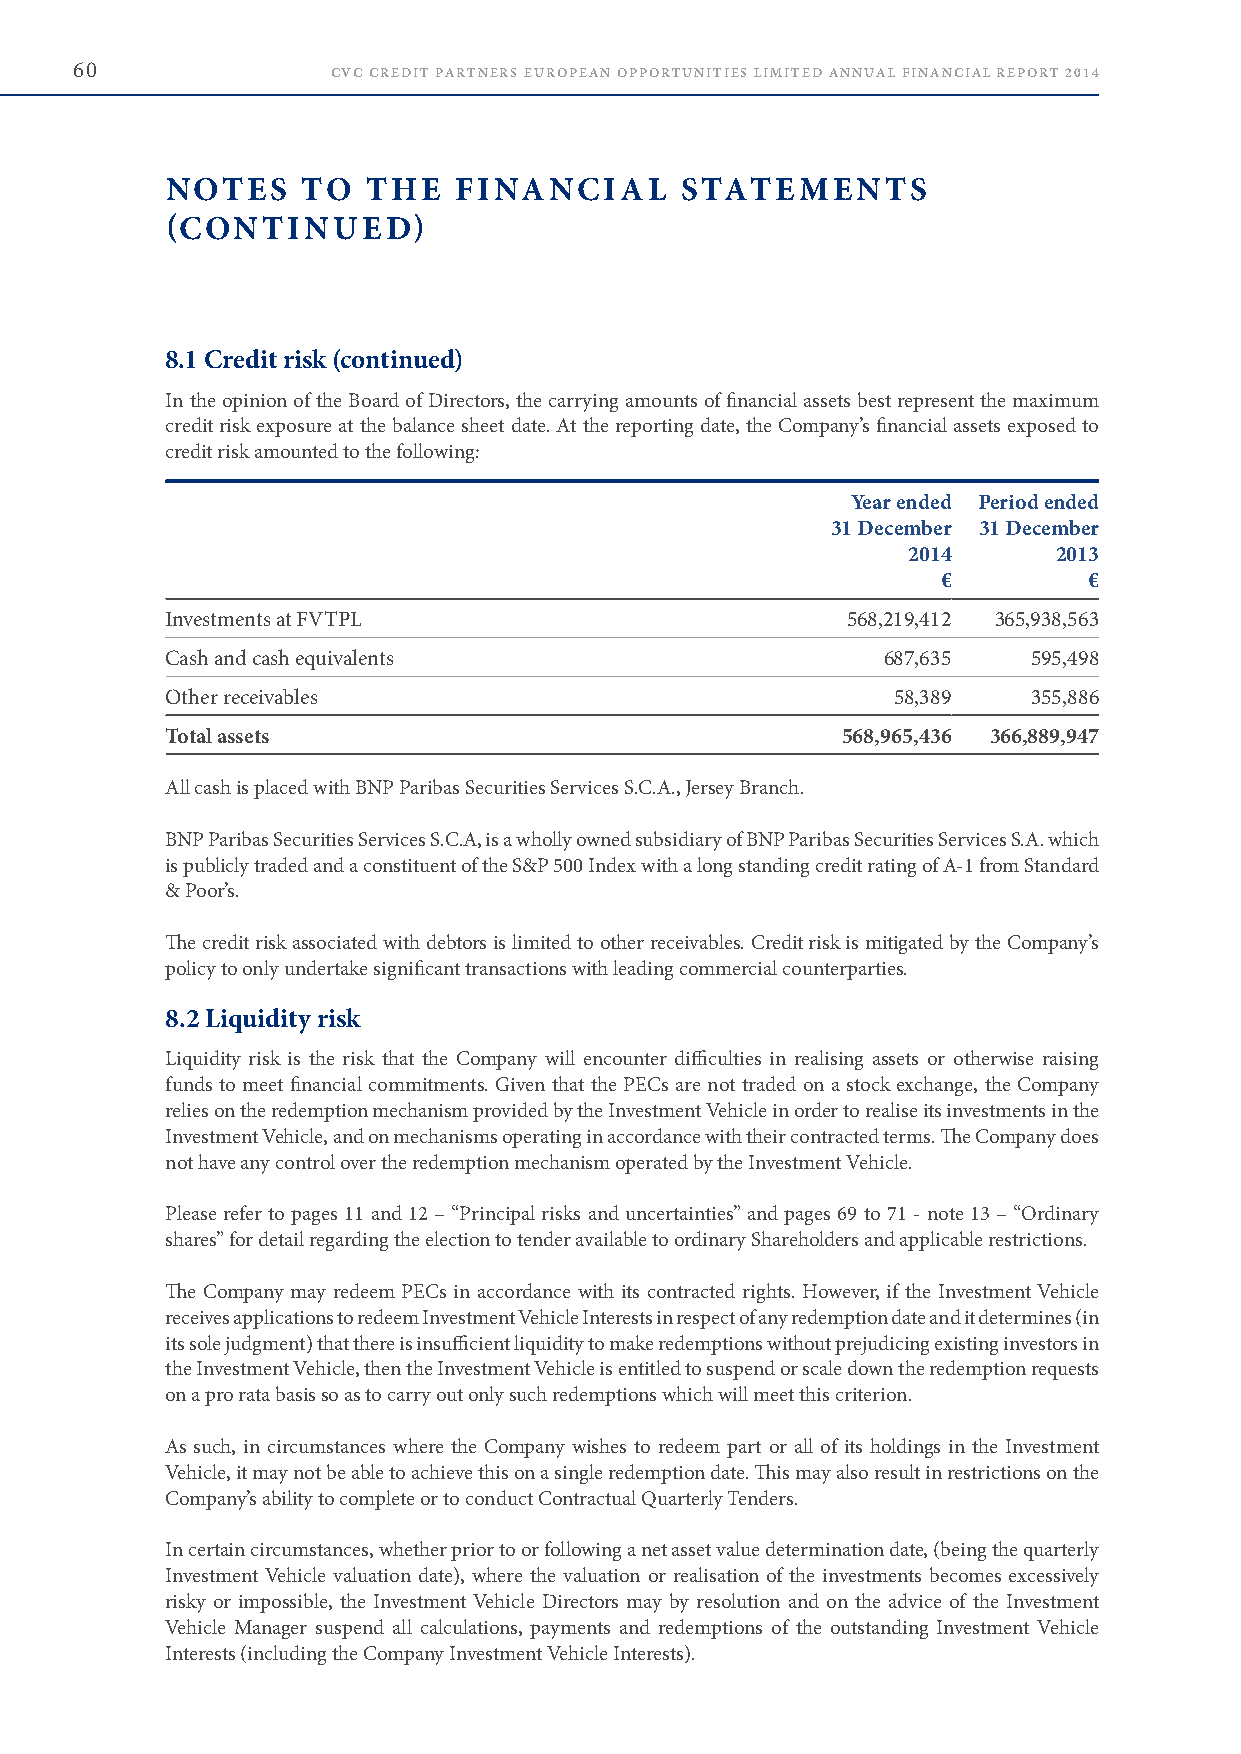
60               CVC CREDIT PARTNERS EUROPEAN OPPORTUNITIES LIMITED ANNUAL FINANCIAL REPORT 2014
 NOTES    TO  THE   FINANCIAL      STATEMENTS
 (CONTINUED)
 8.1 Credit risk (continued)
 In the opinion of the Board of Directors, the carrying amounts of financial assets best represent the maximum
 credit risk exposure at the balance sheet date . At the reporting date, the Company’s financial assets exposed to
 credit risk amounted to the following:
 Year ended Period ended
 31 December 31 December
 2014      2013
 €         €
 Investments at FVTPL                         568,219,412 365,938,563
 Cash and cash equivalents                      687,635   595,498
 Other receivables                               58,389   355,886
 Total assets                                 568,965,436 366,889,947
 All cash is placed with BNP Paribas Securities Services S .C .A ., Jersey Branch .
 BNP Paribas Securities Services S .C .A, is a wholly owned subsidiary of BNP Paribas Securities Services S .A . which
 is publicly traded and a constituent of the S&P 500 Index with a long standing credit rating of A-1 from Standard
 & Poor’s .
 The credit risk associated with debtors is limited to other receivables . Credit risk is mitigated by the Company’s
 policy to only undertake significant transactions with leading commercial counterparties .
 8.2 Liquidity risk
 Liquidity risk is the risk that the Company will encounter difficulties in realising assets or otherwise raising
 funds to meet financial commitments . Given that the PECs are not traded on a stock exchange, the Company
 relies on the redemption mechanism provided by the Investment Vehicle in order to realise its investments in the
 Investment Vehicle, and on mechanisms operating in accordance with their contracted terms . The Company does
 not have any control over the redemption mechanism operated by the Investment Vehicle .
 Please refer to pages 11 and 12 – “Principal risks and uncertainties” and pages 69 to 71 - note 13 – “Ordinary
 shares” for detail regarding the election to tender available to ordinary Shareholders and applicable restrictions .
 The Company may redeem PECs in accordance with its contracted rights . However, if the Investment Vehicle
 receives applications to redeem Investment Vehicle Interests in respect of any redemption date and it determines (in
 its sole judgment) that there is insufficient liquidity to make redemptions without prejudicing existing investors in
 the Investment Vehicle, then the Investment Vehicle is entitled to suspend or scale down the redemption requests
 on a pro rata basis so as to carry out only such redemptions which will meet this criterion .
 As such, in circumstances where the Company wishes to redeem part or all of its holdings in the Investment
 Vehicle, it may not be able to achieve this on a single redemption date . This may also result in restrictions on the
 Company’s ability to complete or to conduct Contractual Quarterly Tenders .
 In certain circumstances, whether prior to or following a net asset value determination date, (being the quarterly
 Investment Vehicle valuation date), where the valuation or realisation of the investments becomes excessively
 risky or impossible, the Investment Vehicle Directors may by resolution and on the advice of the Investment
 Vehicle Manager suspend all calculations, payments and redemptions of the outstanding Investment Vehicle
 Interests (including the Company Investment Vehicle Interests) .